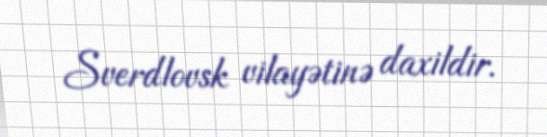
Sverdlovsk vilayətinə daxildir.